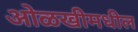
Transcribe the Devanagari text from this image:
ओळखीमधील